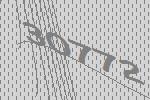
30772